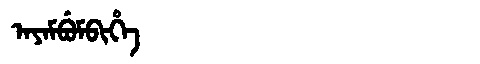
Manchu: ᠠᠶᠠᠮᠪᡠᠮᠪᡳᡥᡝ
Romanization: AYAMBUMBIHE